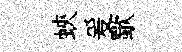
蛺爰歜